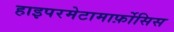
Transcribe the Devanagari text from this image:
हाइपरमेटामार्फ़ोसिस